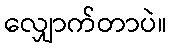
လျှောက်တာပဲ။